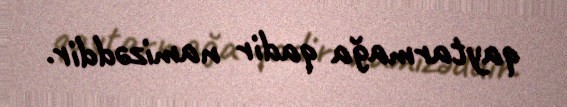
qaytarmağa qadir namizəddir.